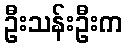
ဦးသန်းဦးက